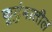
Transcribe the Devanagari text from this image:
कूटुंबातील